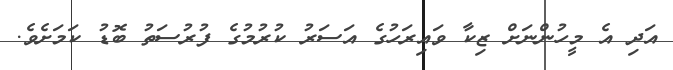
އަދި އެ މީހުންނަށް ޒިކާ ވައިރަހުގެ އަސަރު ކުރުމުގެ ފުރުސަތު ބޮޑު ކަމަށެވެ.